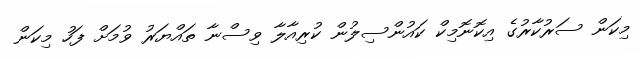
މިކަން ސަރުކާރުގެ އިކޮނޮމިކް ކައުންސިލުން ކުރިއާލާ ވިސްނާ ތައްޔަރު ވުމަށް ފަހު މިކަން